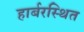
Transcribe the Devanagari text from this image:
हार्बरस्थित